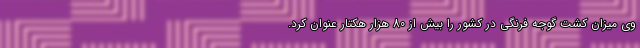
وی میزان کشت گوجه فرنگی در کشور را بیش از 80 هزار هکتار عنوان کرد.